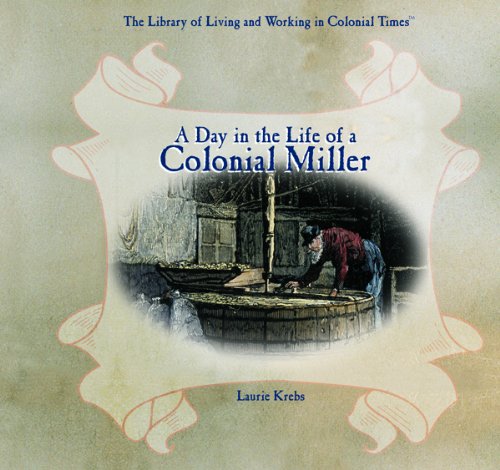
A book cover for A Day in the Life of a Colonial Miller (Library of Living and Working in Colonial Times); Laurie Krebs; Children's Books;